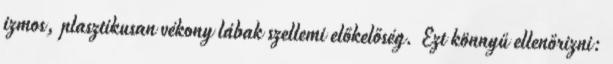
izmos, plasztikusan vékony lábak szellemi előkelőség. Ezt könnyű ellenőrizni: